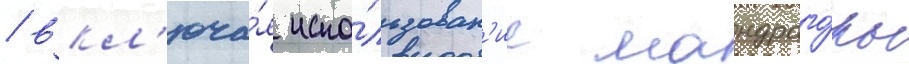
/ вкл'юча́я испо́льзован'ие мандраго́ры